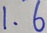
1 . 6